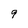
Character: 9